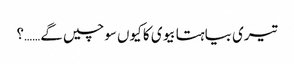
تیری بیاہتا بیوی کا کیوں سوچیں گے……؟